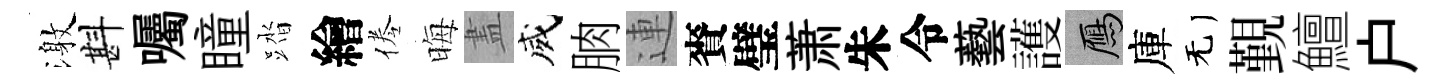
激斟囑瞳踏繪倦晦𥁞威朒連賚璧萧朱令藝護鴈庫无覲鱣户